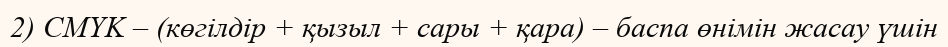
2) CMYK – (көгілдір + қызыл + сары + қара) – баспа өнімін жасау үшін